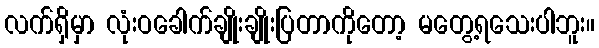
လက်ရှိမှာ လုံးဝခေါက်ချိုးချိုးပြတာကိုတော့ မတွေ့ရသေးပါဘူး။